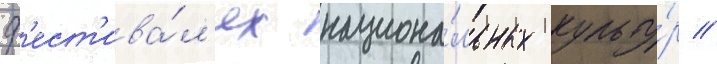
ф'ест'ива́л'ях национа́льных культу́р //